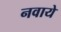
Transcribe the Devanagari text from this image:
नवाये